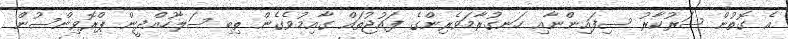
އެ ގޮތުން ސަރުކާރު ސިފައިންނާއި ހަނގުރާމަވެރިންގެ ފައުޖުތައް ގާއިމުވެގެން ތިބި ސަލާހުއްދީން ޕްރޮވިންސުން